Vaccination in the Punjab 1905-1918 - 1905-1918
Year: 1905
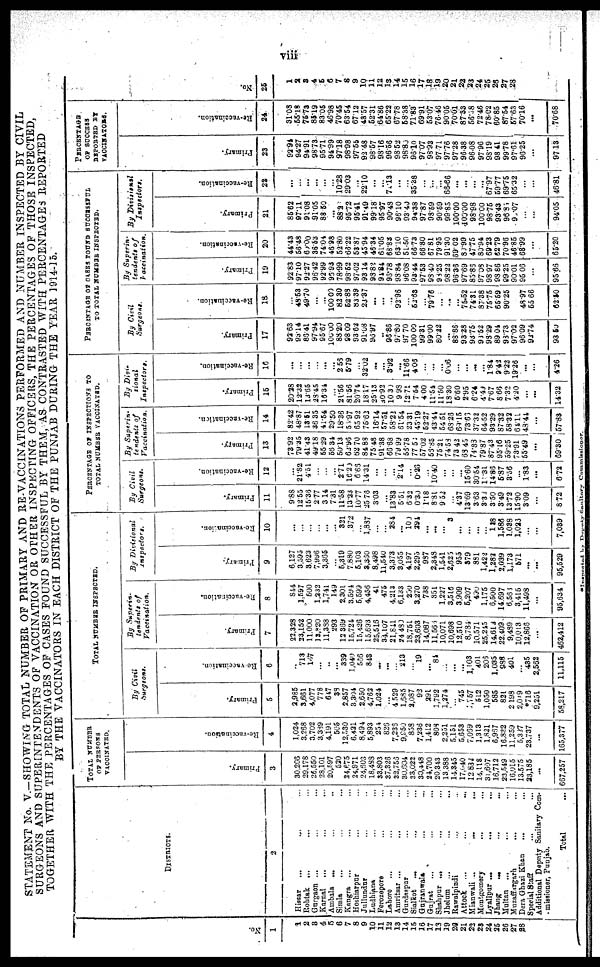
viii
STATEMENT No. V.—SHOWING TOTAL NUMBER OF PRIMARY AND RE-VACCINATIONS PERFORMED AND NUMBER INSPECTED BY CIVIL
SURGEONS AND SUPERINTENDENTS OF VACCINATION OR OTHER INSPECTING OFFICERS, THE PERCENTAGES OF THOSE INSPECTED,
TOGETHER WITH THE PERCENTAGES OF CASES FOUND SUCCESSFUL BY THEM, AS CONTRASTED WITH PERCENTAGES REPORTED
BY THE VACCINATORS IN EACH DISTRICT OF THE PUNJAB DURING THE YEAR 1914-15.
No.
1
1
2
3
4
5
6
7
8
9
10
11
12
13
14
15
16
17
18
19
20
21
22
23
24
25
26
27
28
DISTRICTS.
2
Hissar ... ... ...
Rohtak ... ... ...
Gurgaon ... ... ...
Karnal ... ... ...
Ambala ... ... ...
Simla ... ... ...
Kangra ... ... ...
Hoshiarpur ... ... ...
Jullundur ... ... ...
Ludhiana ... ... ...
Ferozepore ... ... ...
Lahore ... ... ...
Amritsar ... ... ... ...
Gurdaspur ... ... ... ...
Sialkot ... ... ... ...
Gujranwala ... ... ... ...
Gujrat
...
...
...
...
Shahpur ... ... ... ...
Jhelum
...
...
...
...
Rawalpindi ... ... ... ...
Attock ... ... ... ...
Mianwali
...
...
...
...
Montgomery ... ... ... ...
Lyallpur
...
...
...
...
Jhang
...
...
...
...
Multan
...
...
...
...
Muzaffargarh
...
...
...
...
Dera Ghazi Khan ... ... ... ...
Special Staff ...
Additional Deputy Sanitary Com¬
missioner, Punjab.
Total
...
TOTAL NUMBER
OF PERSONS
VACCINATED.
Primary.
3
30,206
29,178
26,550
28,101
20,597
520
24,675
24,971
24,603
18,488
33,803
37,326
32,756
30,604
33,022
30,448
24,700
20,343
13,388
14,345
17,040
12,862
14,118
31,607
16,712
23,549
16,015
13,575
23,185
...
667,257
Re-vaccination.
4
1,024
3,268
3,702
3,389
4,191
505
12,530
6,421
8,494
5,893
254
826
7,236
9,950
858
7,236
1,412
808
2,251
5,151
5,653
7,069
1,313
1,821
6,967
16,832
11,259
5,327
23,737
...
165,377
TOTAL NUMBER INSPECTED.
By Civil
Surgeons.
Primary.
5
2,985
3,661
4,077
778
647
38
2,857
3,304
2,650
4,762
1,024
...
4,529
1,685
2,087
92
291
1,792
1,274
...
745
3,757
512
1,059
585
821
2,198
2,049
*716
9,251
58,217
Re-vaccination.
6
...
713
167
...
...
...
339
1,040
566
843
...
...
...
213
...
19
...
84
...
...
...
1,103
401
206
1,035
988
401
...
435
2,562
11,115
By Superin-
tendents of
Vaccination.
Primary.
7
22,328
23,152
11,000
13,820
11,388
293
12,369
15,724
15,426
15,693
25,516
34,107
21,841
24,480
18,751
23,603
14,087
11,566
10,071
10,698
12,510
8,784
10,571
25,245
14,612
22,409
9,489
10,013
12,866
...
462,412
Re-vaccination.
8
844
1,597
500
1,232
1,741
149
2,301
3,594
5,599
4,456
41
475
4,213
6,133
200
3,270
738
351
1,227
3,515
3,909
5,207
490
1,175
6,500
14,697
6,566
3,415
11,498
...
95,634
By Divisional
Inspectors.
Primary.
9
6,127
3,595
3,623
7,996
3,365
...
5,319
7,880
5,103
3,360
8,498
11,540
3,373
3,055
4,197
2,295
987
2,348
1,541
2,625
955
379
881
1,422
1,282
2,039
1,173
571
...
...
95,529
Re-vaccination.
10
...
...
...
...
...
...
321
372
...
1,887
...
...
284
...
100
294
...
...
...
3
...
...
...
...
118
1,586
1,038
1,026
...
...
7,039
PERCENTAGE OF INSPECTIONS TO
TOTAL NUMBER VACCINATED.
By Civil
Surgeons.
Primary.
11
9.88
12.55
15.36
2.77
3.14
7.31
11.58
13.23
10.77
25.78
3.03
...
13.83
5.51
6.32
0.30
1.18
8.81
9.52
...
4.37
13.69
3.63
3.32
3.50
3.49
13.72
15.90
3.09
...
8.72
Re-vaccination.
12
...
21.82
4.51
...
...
...
2.71
16.20
6.66
14.31
...
...
2.14
...
0.26
...
10.40
...
...
...
15.60
30.54
11.31
14.86
5.87
3.56
...
1.83
...
6.72
By Superin-
tendents of
Vaccination.
Primary.
13
73.92
79.35
41.43
49.18
55.29
56.34
50.13
62.96
62.70
84.88
75.48
91.38
66.68
79.99
56.78
77.50
57.02
56.85
75.21
74.58
73.43
68.45
74.88
79.87
87.43
95.16
59.25
73.91
55.49
...
69.30
Re-vaccination.
14
82.42
48.87
13.51
36.35
41.54
29.50
18.36
55.97
65.92
75.62
16.14
57.51
58.22
61.54
23.31
45.19
52.27
43.44
54.51
68.26
69.15
73.66
37.32
64.52
93.29
87.32
58.32
64.11
43.44
...
57.88
By Divi¬
sional
Inspectors.
Primary.
15
20.28
12.32
13.65
28.45
16.34
...
21.56
81.56
20.74
18.17
25.13
30.92
10.30
9.98
12.71
7.54
4.00
11.54
11.50
18.30
5.60
2.95
6.24
4.49
7.67
8.66
7.32
4.20
...
...
14.32
Re-vaccination.
16
...
...
...
...
...
...
2.53
5.79
...
32.02
...
...
3.92
...
11.66
4.06
...
...
...
0.06
...
...
...
...
1.84
9.42
9.22
19.26
...
...
4.26
PERCENTAGE OF CASES FOUND SUCCESSFUL
TO TOTAL NUMBER INSPECTED.
By Civil
Surgeons.
Primary.
17
92.63
93.14
86.41
97.94
95.67
100.00
88.20
98.09
93.62
91.08
96.97
...
96.86
97.80
97.70
100.00
99.31
99.00
80.22
...
88.86
93.28
93.75
98.52
98.29
89.04
98.73
97.02
96.09
92.74
93.50
Re-vaccination.
18
...
48.53
49.70
...
...
100.00
82.30
52.88
83.39
23.37
...
...
...
92.96
...
52.63
...
79.76
...
...
...
75.52
74.31
87.38
75.75
65.59
90.25
...
48.97
55.66
62.50
By Superin-
tendents of
Vaccination.
Primary.
19
92.83
97.10
92.27
96.42
92.99
96.93
78.99
98.52
97.02
93.14
98.82
94.84
96.78
98.84
96.08
93.44
97.53
98.40
98.25
98.22
96.36
97.69
85.86
97.08
98.97
98.86
99.25
90.01
95.06
...
95.66
Re-vaccination.
20
44.43
56.48
60.00
36.53
74.04
46.98
52.80
66.22
53.87
45.94
46.34
61.05
68.83
63.10
51.50
66.73
66.80
67.81
79.95
91.30
69.02
80.99
47.75
80.94
69.23
62.79
70.96
46.85
68.99
...
65.20
By Divisional
Inspectors.
Primary.
21
85.62
97.11
91.08
91.05
88.50
...
88.2
95.72
95.41
91.49
99.18
95.97
90.48
96.10
93.40
94.38
97.87
98.59
90.59
99.85
100.00
100.00
98.98
100.00
98.75
93.43
96.85
90.07
...
...
94.05
Re-vaccination.
22
...
...
...
...
...
...
10.28
29.03
...
22.10
...
...
71.13
...
...
35.38
...
...
...
66.66
...
...
...
...
67.97
59.77
69.75
65.32
...
...
46.81
PERCENTAGE
OF SUCCESS
REPORTED BY
VACCINATORS.
Primary.
23
92.94
94.27
94.91
98.73
95.71
94.99
97.18
98.98
97.55
92.48
98.57
98.16
96.56
98.52
98.80
96.10
97.07
98.93
97.71
97.76
97.28
96.38
96.08
97.96
98.19
98.41
99.78
97.61
96.25
...
97.13
Re-vaccination.
24
31.08
55.18
75.73
85.19
83.05
46.98
70.45
63.54
67.12
43.57
52.31
64.86
65.22
67.78
58.38
71.83
69.91
53.07
76.46
90.05
70.01
87.33
56.58
72.46
78.02
60.85
87.54
57.63
70.16
...
70.68
No.
25
1
2
3
4
5
6
7
8
9
10
11
12
13
14
15
16
17
18
19
20
21
22
23
24
25
26
27
28
...
...
...
*Inspected by Deputy Sanitary Commissioner.